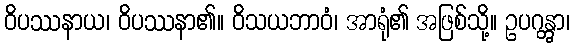
ဝိပဿနာယ၊ ဝိပဿနာ၏။ ဝိသယဘာဝံ၊ အာရုံ၏ အဖြစ်သို့။ ဥပဂန္တွာ၊